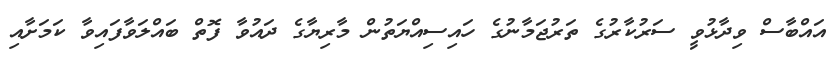
އައްބާސް ވިދާޅުވީ ސަރުކާރުގެ ތަރުޖަމާނުގެ ހައިސިއްޔަތުން މާރިޔާގެ ދައުވާ ފޮތް ބައްލަވާފައިވާ ކަމަށާއި